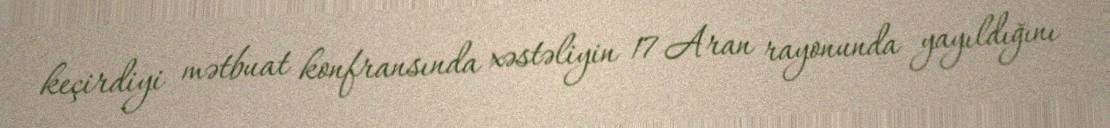
keçirdiyi mətbuat konfransında xəstəliyin 17 Aran rayonunda yayıldığını